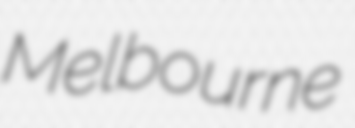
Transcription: Melbourne